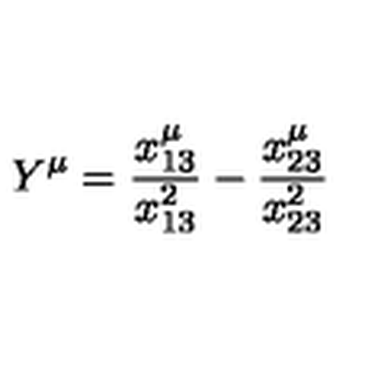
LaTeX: Y ^ { \mu } = \frac { x _ { 1 3 } ^ { \mu } } { x _ { 1 3 } ^ { 2 } } - \frac { x _ { 2 3 } ^ { \mu } } { x _ { 2 3 } ^ { 2 } }